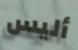
أليس